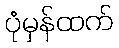
ပုံမှန်ထက်